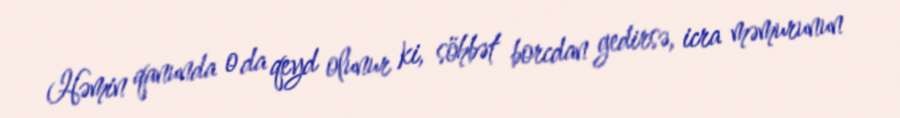
Həmin qanunda o da qeyd olunur ki, söhbət borcdan gedirsə, icra məmurunun